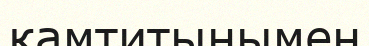
қамтитынымен